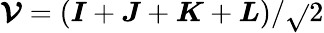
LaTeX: \boldsymbol{\mathcal{V}}=(\boldsymbol{I}+\boldsymbol{J}+\boldsymbol{K}+\boldsymbol{L})/\sqrt{}{{2}}